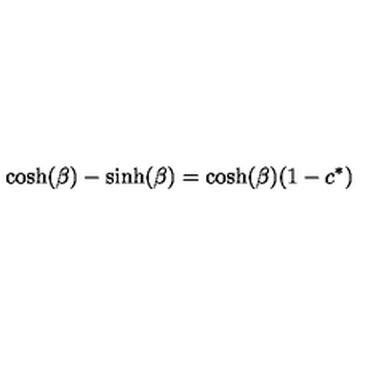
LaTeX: \cosh ( \beta ) - \sinh ( \beta ) = \cosh ( \beta ) ( 1 - c ^ { * } )